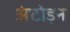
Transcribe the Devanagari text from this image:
अंटोइन